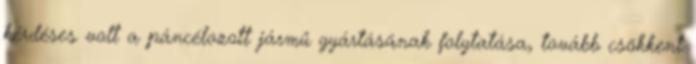
kérdéses volt a páncélozott jármű gyártásának folytatása, tovább csökkent